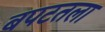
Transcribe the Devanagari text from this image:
बपटतला